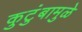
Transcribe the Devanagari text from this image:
कुटुंबामुळे